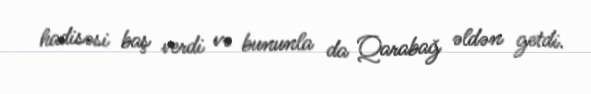
hadisəsi baş verdi və bununla da Qarabağ əldən getdi.